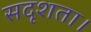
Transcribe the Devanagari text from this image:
सदृशता।